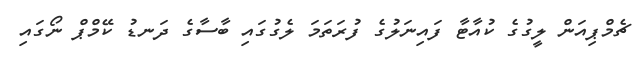
ޗެމްޕިއަން ލީގުގެ ކުއާޓާ ފައިނަލުގެ ފުރަތަމަ ލެގުގައި ބާސާގެ ދަނޑު ކޭމްޕް ނޯގައި